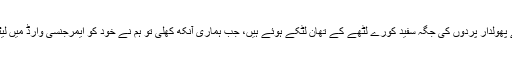
کمرہ کے پھولدار پردوں کی جگہ سفید کورے لٹھے کے تھان لٹکے ہوئے ہیں، جب ہماری آنکھ کھلی تو ہم نے خود کو ایمرجنسی وارڈ میں لیٹا ہوا پایا۔